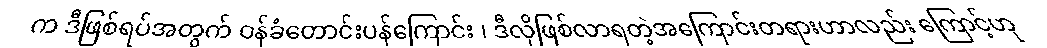
က ဒီဖြစ်ရပ်အတွက် ဝန်ခံတောင်းပန်ကြောင်း ၊ ဒီလိုဖြစ်လာရတဲ့အကြောင်းတရားဟာလည်း ကြောင့်ဟု